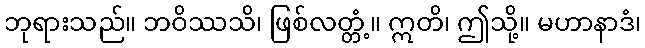
ဘုရားသည်။ ဘဝိဿသိ၊ ဖြစ်လတ္တံ့။ ဣတိ၊ ဤသို့။ မဟာနာဒံ၊